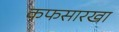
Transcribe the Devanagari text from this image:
कफसारखा